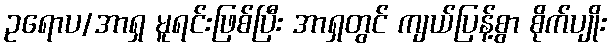
ဥရောပ/အာရှ မူရင်းဖြစ်ပြီး အာရှတွင် ကျယ်ပြန့်စွာ စိုက်ပျိုး